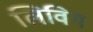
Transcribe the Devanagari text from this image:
लिविग